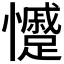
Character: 𭟣